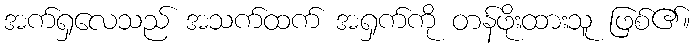
အက်ရှလေသည် အသက်ထက် အရှက်ကို တန်ဖိုးထားသူ ဖြစ်၏။